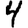
Digit: 4